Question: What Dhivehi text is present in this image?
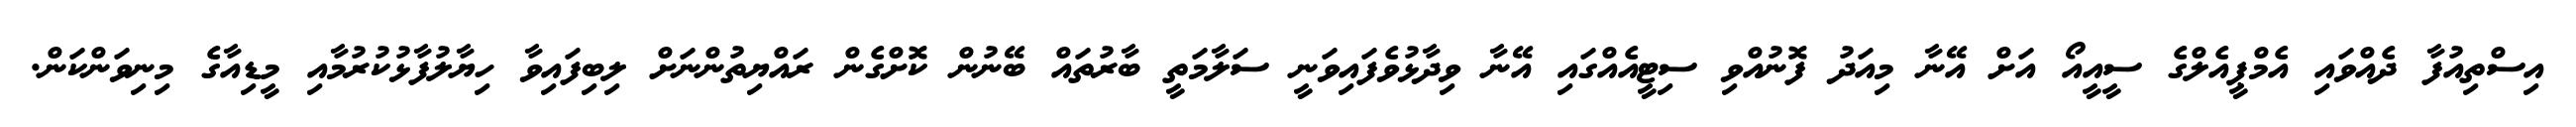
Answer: އިސްތިއުފާ ދެއްވައި އެމްޕީއެލްގެ ސީއީއޯ އަށް އޭނާ މިއަދު ފޮނުއްވި ސިޓީއެއްގައި އޭނާ ވިދާޅުވެފައިވަނީ ސަލާމަތީ ބާރުތައް ބޭނުން ކޮށްގެން ރައްޔިތުންނަށް ލިބިފައިވާ ހިޔާލުފާޅުކުރުމާއި މީޑިއާގެ މިނިވަންކަން.